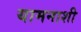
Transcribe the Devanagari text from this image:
यामनाशी